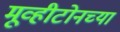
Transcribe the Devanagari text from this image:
मूव्हीटोनच्या